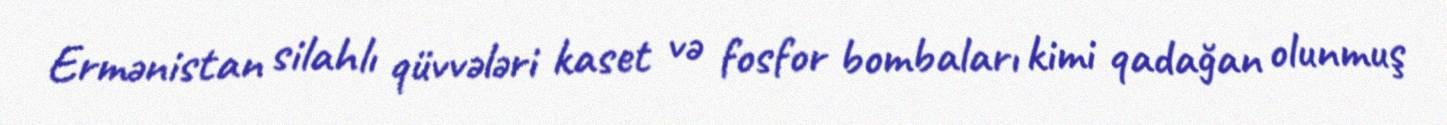
Ermənistan silahlı qüvvələri kaset və fosfor bombaları kimi qadağan olunmuş